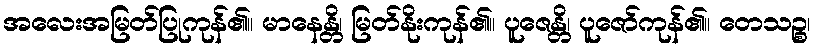
အလေးအမြတ်ပြုကုန်၏။ မာနေန္တိ၊ မြတ်နိုးကုန်၏။ ပူဇေန္တိ၊ ပူဇော်ကုန်၏။ တေသဉ္စ၊